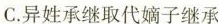
C.异姓承继取代嫡子继承